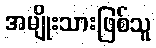
အမျိုးသားဖြစ်သူ